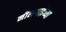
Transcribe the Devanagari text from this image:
नीलगाईंच्या